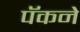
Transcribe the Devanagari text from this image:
पॅकने